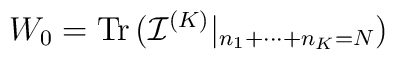
W_{0}= \mbox{Tr\thinspace }  ({\mathcal I} ^{(K)}|_{n_{1}+\cdots+n_{K}=N})